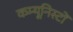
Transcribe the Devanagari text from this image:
कम्यूनिस्टों